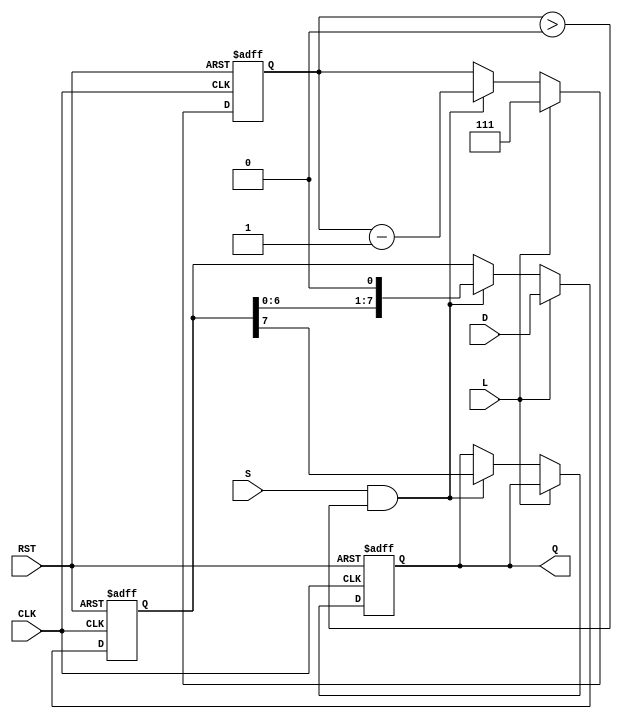
module PISO_Register (
    input wire [7:0] D,      // 8-bit parallel data input
    input wire L,            // Load control signal
    input wire S,            // Shift control signal
    input wire CLK,          // Clock signal
    input wire RST,          // Asynchronous reset signal
    output reg Q             // Serial output
);

    reg [7:0] shift_reg;     // Internal 8-bit shift register
    reg [2:0] bit_count;     // Counter for the number of bits shifted out

    always @(posedge CLK or posedge RST) begin
        if (RST) begin
            // Asynchronous reset
            shift_reg <= 8'b00000000;
            Q <= 1'b0;
            bit_count <= 3'b000; // Reset bit counter
        end else begin
            if (L) begin
                // Load operation
                shift_reg <= D;    // Load data into the shift register
                bit_count <= 3'b111; // Set bit counter to 7 (8 bits to shift out)
            end else if (S && bit_count > 0) begin
                // Shift operation
                Q <= shift_reg[7];  // Output the MSB
                shift_reg <= {shift_reg[6:0], 1'b0}; // Shift left and fill LSB with 0
                bit_count <= bit_count - 1; // Decrement the bit counter
            end
        end
    end

endmodule